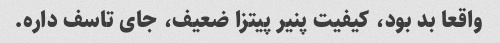
واقعا بد بود، کیفیت پنیر پیتزا ضعیف، جای تاسف داره.